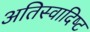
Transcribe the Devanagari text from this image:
अतिस्‍वादिष्‍ट